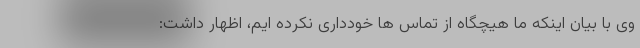
وی با بیان اینکه ما هیچگاه از تماس ها خودداری نکرده ایم، اظهار داشت: